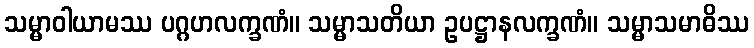
သမ္မာဝါယာမဿ ပဂ္ဂဟလက္ခဏံ။ သမ္မာသတိယာ ဥပဋ္ဌာနလက္ခဏံ။ သမ္မာသမာဓိဿ